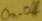
Text: On-off